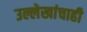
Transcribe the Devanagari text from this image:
उल्लेखांचाही